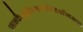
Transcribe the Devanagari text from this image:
शनकैस्तुक्रियालोपादिमाःक्षत्रियजातयः